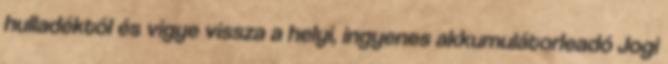
hulladéktól és vigye vissza a helyi, ingyenes akkumulátorleadó Jogi